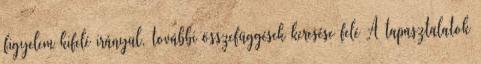
figyelem kifelé irányul, további összefüggések keresése felé A tapasztalatok